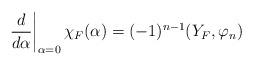
LaTeX: \begin{align*}\left.\frac{d}{d\alpha}\right|_{\alpha=0}\chi_F(\alpha) = (-1)^{n-1}( Y_F,\varphi_n)\end{align*}